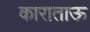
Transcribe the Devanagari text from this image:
काराताऊ